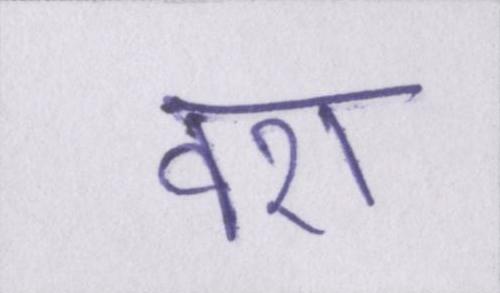
वश